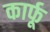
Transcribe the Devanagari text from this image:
कार्फू